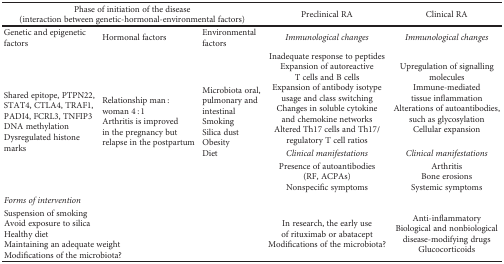
| <COLSPAN=3> Phase of initiation of the disease (interaction between genetic-hormonal-environmental factors) | Preclinical RA | Clinical RA |
 | --- | --- | --- | --- | --- |
 | Genetic and epigenetic factors | Hormonal factors | Environmental factors | Immunological changes | Immunological changes |
 | <ROWSPAN=3> Shared epitope, PTPN22, STAT4, CTLA4, TRAF1, PADI4, FCRL3, TNFIP3DNA methylationDysregulated histone marks | <ROWSPAN=3> Relationship man : woman 4 : 1Arthritis is improved in the pregnancy but relapse in the postpartum | <ROWSPAN=3> Microbiota oral, pulmonary and intestinalSmokingSilica dustObesityDiet | Inadequate response to peptidesExpansion of autoreactive T cells and B cellsExpansion of antibody isotype usage and class switchingChanges in soluble cytokine and chemokine networksAltered Th17 cells and Th17/regulatory T cell ratios | Upregulation of signalling moleculesImmune-mediated tissue inflammationAlterations of autoantibodies, such as glycosylationCellular expansion |
 | Clinical manifestations | Clinical manifestations |
 | Presence of autoantibodies (RF, ACPAs)Nonspecific symptoms | ArthritisBone erosionsSystemic symptoms |
 | <COLSPAN=5> Forms of intervention |
 | <COLSPAN=3> Suspension of smokingAvoid exposure to silicaHealthy dietMaintaining an adequate weightModifications of the microbiota? | In research, the early use of rituximab or abataceptModifications of the microbiota? | Anti-inflammatoryBiological and nonbiological disease-modifying drugsGlucocorticoids |